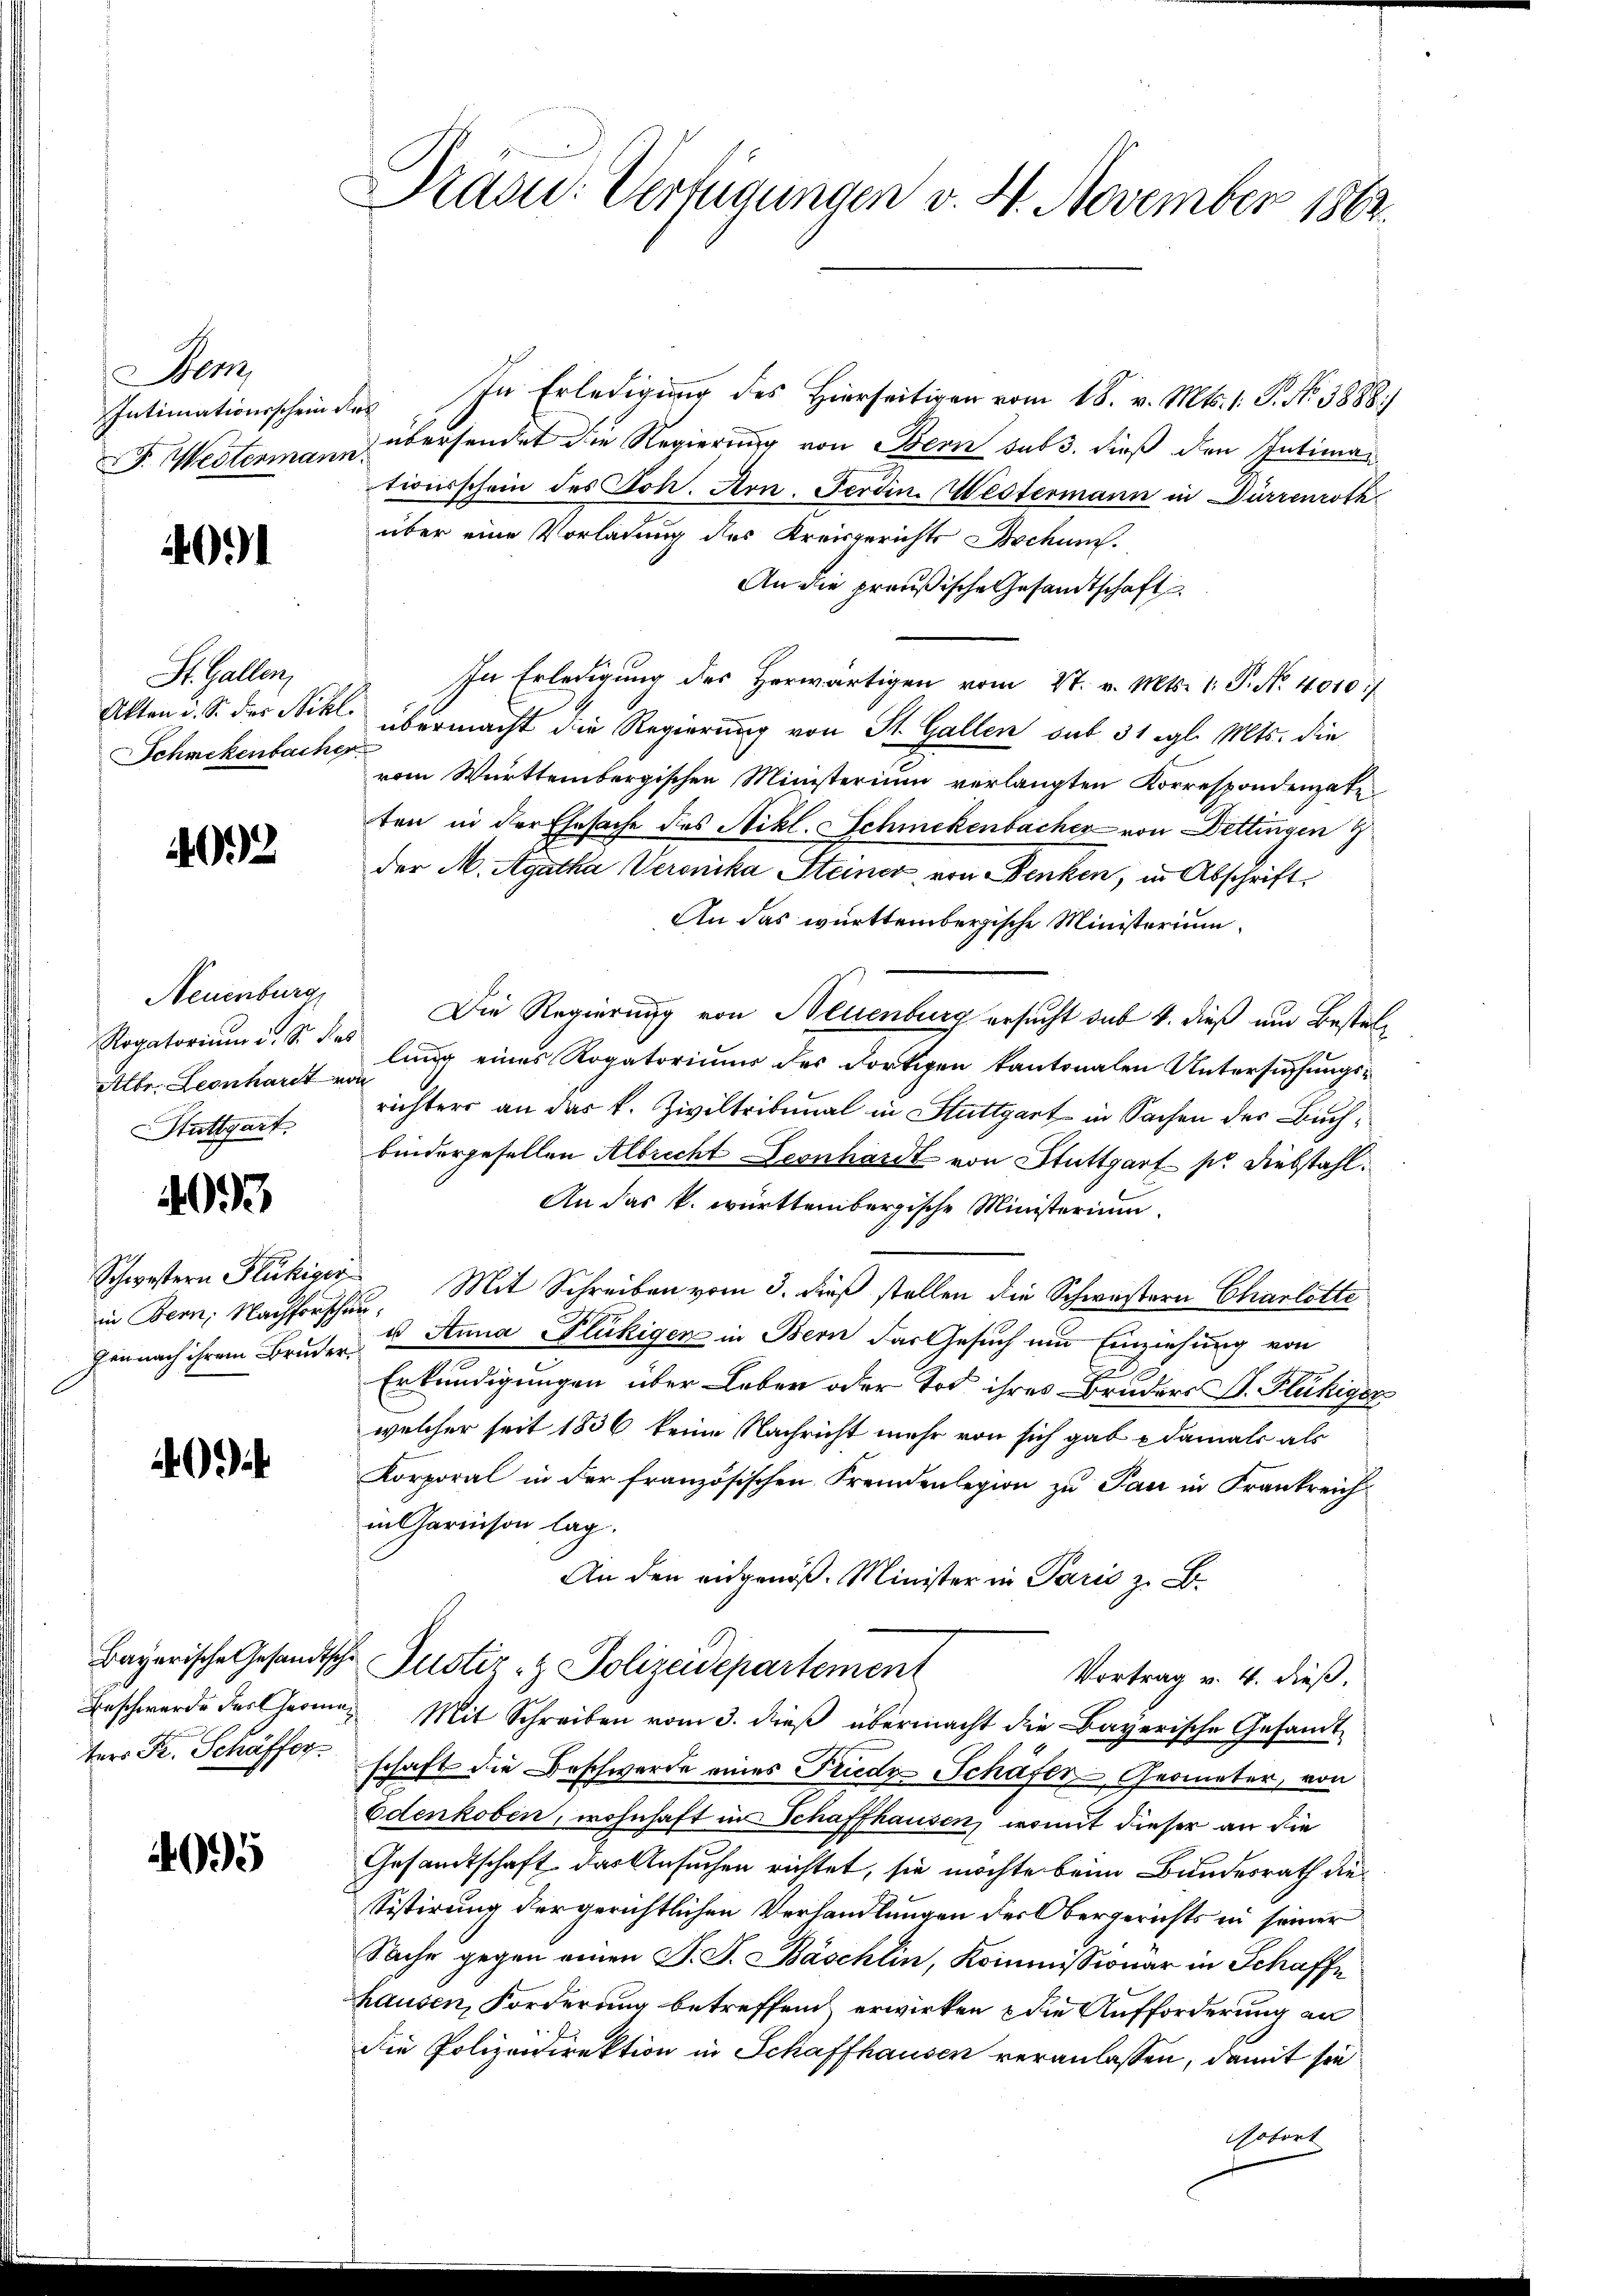
em
Intimationsschein des

4091

St. Gallen,
Schmekenbacher

402

Neuenburg
Rogatorium i. Sr. Das
SStuttgart.

40

Schwestern Flückiger

i

ters Fr. Schäffer

4095

In Erledigung des Hierseitigen vom 18. v. Mts. 1. P. No. 3888)
F. Westermann übersendet die Regierung von Bern sub 3. dieß den Intiman
tionsschein des Joh. Arn. Ferdin. Westermann in Dürrenroth
über eine Vorladung des Kreisgerichts Bochum
An die preußische Gesandtschaft
In Erledigung des herwärtigen vom 27. v. Mts. 1. P. No. 4010/
Akten u. S. des Nikl. übermacht die Regierung von St. Gallen sub 31 egl. Mts. die
vom Württembergischen Ministerium verlangten Korrespondenpate
ten in der Ehesache des Nikl. Schmekenbacher von Dettingen
der M. Agatha Veronika Steiner von Benken, in Abschrift
An das württembergische Ministerium
Die Regierung von Neuenburg ersucht das 4. dieß um Bestel¬
Ettbr. Leonhart ung eines Rogatoriums des dortigen kantonalen Untersuchungsrichters an das k. Ziviltribunal in Stuttgart in Sachen des Buchbindergesellen Albrecht Leonhardt von Stuttgart pr. Diebstahl.
An das k. württembergische Ministerium.
in Bern, Nachforschen. Mit Schreiben vom 3. dieß stellen die Schwestern Charlotte
Einnach ihrem Bruder u Anna Flückigen in Bern das Gesuch um Einziehung von
Erkundigungen über Leben oder Tod ihres Bruders V. Flüchiger
welcher seit 1836 keine Nachricht mehr von sich gab e damals als
Korporal in der französischen Fremdenlegion zu Pan in Frankreich
in Charinson lag.
An den eidgenöß. Minister in Paris zu B
Bayerische Gesandtsche Justiz- & Polizeidepartement
Vortrag v. 4. dieß.
Beschwerde des Chronen Mit Schreiben vom 3. dieβ übermacht die Bayerische Gesandt-
schaft die Beschwerde eines Trudz Schäfer - Geometer, von
Edenkoben, wohnhaft in Schaffhausen, womit dieser an die
Gesandtschaft das Ansuchen richtet, sie möchte beim Bundesrath die¬
Sistirung der gerichtlichen Verhandlungen der Obergerichts in seiner
Sache gegen einen J. F. Bäschlin, Kommissionar in Schaffe
hausen, Forderung betreffend erwirken die Aufforderung an
die Polizeidirektion in Schaffhausen veranlassen, damit sie
Potent

Kasu: Verfügungen v. 4. November 1862.